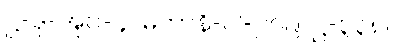
ဋ္ဌ-ဒု-အုပ်-၄။ မဟာနိ-ပါ-၂၇၉၊ ဋ္ဌ-၃၃၈။